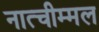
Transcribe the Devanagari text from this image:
नात्चीम्मल